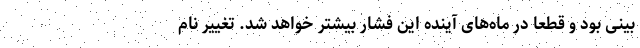
بینی بود و قطعا در ماه‌های آینده این فشار بیشتر خواهد شد. تغییر نام